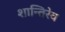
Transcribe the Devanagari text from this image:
शान्तिरेव